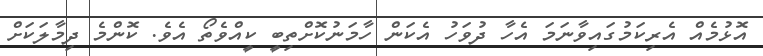
އޮޅުމެއް އެރިކަމުގައިވާނަމަ އެހާ ދުވަހު އެކަން ހާމަނުކޮށްތިބީ ކީއްވެތޯ އެވެ. ކޮންމެ ދިމާލަކަށް